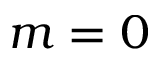
m = 0